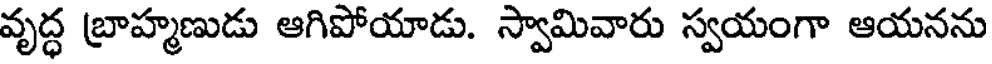
వృద్ధ బ్రాహ్మణుడు ఆగిపోయాడు. స్వామివారు స్వయంగా ఆయనను